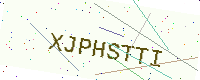
Text: XJPHSTTI